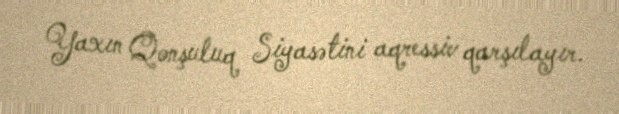
Yaxın Qonşuluq Siyasətini aqressiv qarşılayır.